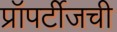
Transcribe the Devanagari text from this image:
प्रॉपर्टीजची